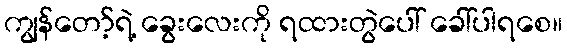
ကျွန်တော့်ရဲ့ ခွေးလေးကို ရထားတွဲပေါ် ခေါ်ပါရစေ။